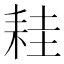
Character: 𦓯